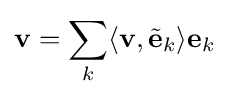
\mathbf {v} =\sum _{k}\langle \mathbf {v} ,{\tilde {\mathbf {e} }}_{k}\rangle \mathbf {e} _{k}